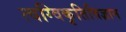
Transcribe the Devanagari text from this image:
त्वग्विकृतिविज्ञान